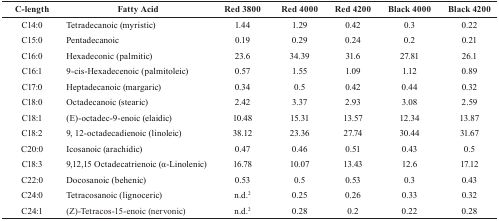
<table><thead><tr><td><b>C-length</b></td><td><b>Fatty Acid</b></td><td><b>Red 3800</b></td><td><b>Red 4000</b></td><td><b>Red 4200</b></td><td><b>Black 4000</b></td><td><b>Black 4200</b></td></tr></thead><tbody><tr><td>C14:0</td><td>Tetradecanoic (myristic)</td><td>1.44</td><td>1.29</td><td>0.42</td><td>0.3</td><td>0.22</td></tr><tr><td>C15:0</td><td>Pentadecanoic</td><td>0.19</td><td>0.29</td><td>0.24</td><td>0.2</td><td>0.21</td></tr><tr><td>C16:0</td><td>Hexadeconic (palmitic)</td><td>23.6</td><td>34.39</td><td>31.6</td><td>27.81</td><td>26.1</td></tr><tr><td>C16:1</td><td>9-cis-Hexadecenoic (palmitoleic)</td><td>0.57</td><td>1.55</td><td>1.09</td><td>1.12</td><td>0.89</td></tr><tr><td>C17:0</td><td>Heptadecanoic (margaric)</td><td>0.34</td><td>0.5</td><td>0.42</td><td>0.44</td><td>0.32</td></tr><tr><td>C18:0</td><td>Octadecanoic (stearic)</td><td>2.42</td><td>3.37</td><td>2.93</td><td>3.08</td><td>2.59</td></tr><tr><td>C18:1</td><td>(E)-octadec-9-enoic (elaidic)</td><td>10.48</td><td>15.31</td><td>13.57</td><td>12.34</td><td>13.87</td></tr><tr><td>C18:2</td><td>9, 12-octadecadienoic (linoleic)</td><td>38.12</td><td>23.36</td><td>27.74</td><td>30.44</td><td>31.67</td></tr><tr><td>C20:0</td><td>Icosanoic (arachidic)</td><td>0.47</td><td>0.46</td><td>0.51</td><td>0.43</td><td>0.5</td></tr><tr><td>C18:3</td><td>9,12,15 Octadecatrienoic (α-Linolenic)</td><td>16.78</td><td>10.07</td><td>13.43</td><td>12.6</td><td>17.12</td></tr><tr><td>C22:0</td><td>Docosanoic (behenic)</td><td>0.53</td><td>0.5</td><td>0.53</td><td>0.3</td><td>0.43</td></tr><tr><td>C24:0</td><td>Tetracosanoic (lignoceric)</td><td>n.d.2</td><td>0.25</td><td>0.26</td><td>0.33</td><td>0.32</td></tr><tr><td>C24:1</td><td>(Z)-Tetracos-15-enoic (nervonic)</td><td>n.d.2</td><td>0.28</td><td>0.2</td><td>0.22</td><td>0.28</td></tr></tbody></table>